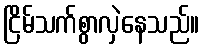
ငြိမ်သက်စွာလှဲနေသည်။